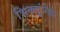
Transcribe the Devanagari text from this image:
भिक्खूंपेक्षा